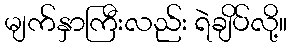
မျက်နှာကြီးလည်း ရဲချိပ်လို့။